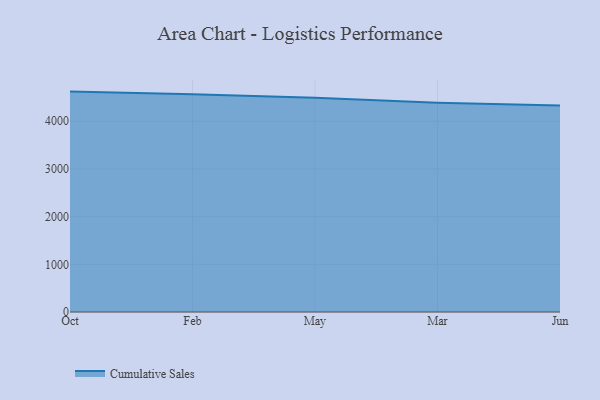
{"axis": {"x": "Month", "y": "Operating Costs (USD K)"}, "legend": ["Cumulative Sales"], "data": [{"x": "Oct", "y": 4621.3, "type": "Cumulative Sales"}, {"x": "Feb", "y": 4565.5, "type": "Cumulative Sales"}, {"x": "May", "y": 4493.0, "type": "Cumulative Sales"}, {"x": "Mar", "y": 4389.3, "type": "Cumulative Sales"}, {"x": "Jun", "y": 4329.3, "type": "Cumulative Sales"}]}